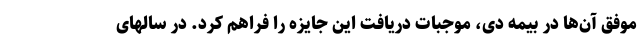
موفق آن‌ها در بیمه دی، موجبات دریافت این جایزه را فراهم کرد. در سالهای